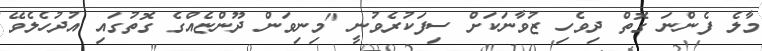
މާލެ ފެންނަ ގޮތް ދިވެހި ޒުވާނަކަށް ސިފަކުރެވުނީ "މިނިވަން ދޫންޏެއްގެ ގޮތުގައި އުދުހެލެވޭ